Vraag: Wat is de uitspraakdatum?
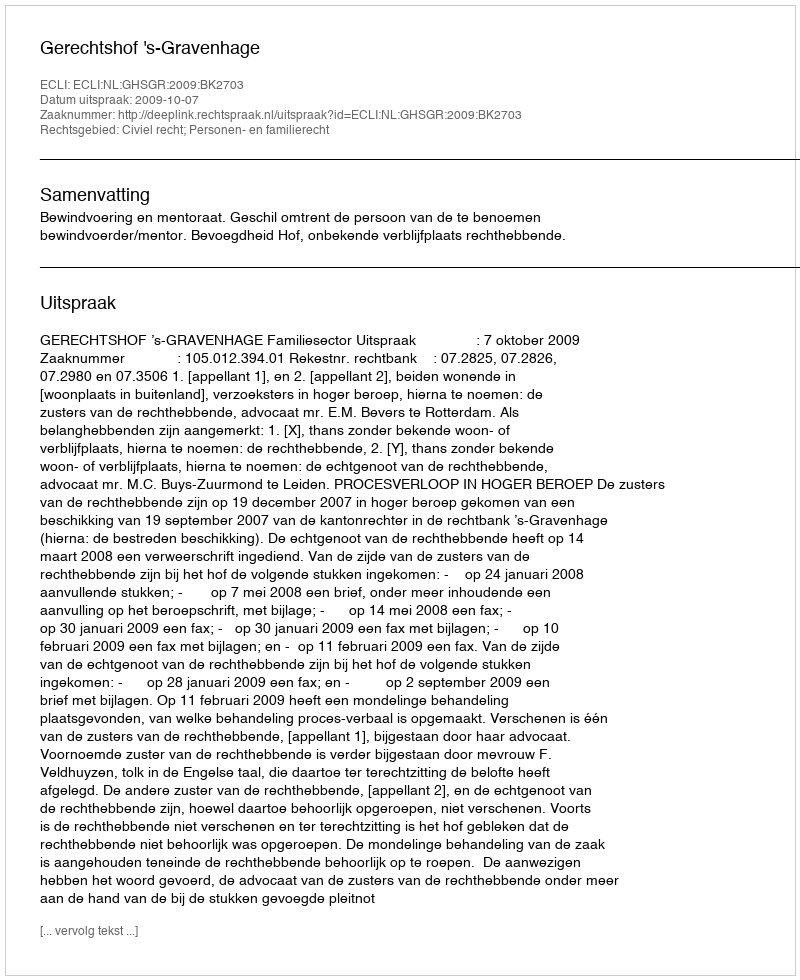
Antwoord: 2009-10-07